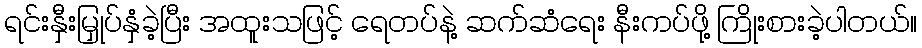
ရင်းနှီးမြှုပ်နှံခဲ့ပြီး အထူးသဖြင့် ရေတပ်နဲ့ ဆက်ဆံရေး နီးကပ်ဖို့ ကြိုးစားခဲ့ပါတယ်။